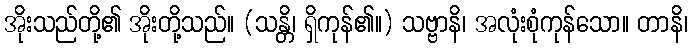
အိုးသည်တို့၏ အိုးတို့သည်။ (သန္တိ၊ ရှိကုန်၏။) သဗ္ဗာနိ၊ အလုံးစုံကုန်သော။ တာနိ၊